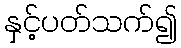
နှင့်ပတ်သက်၍